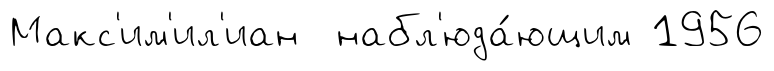
Макс'им'ил'иан набл'юда́ющим 1956